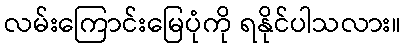
လမ်းကြောင်းမြေပုံကို ရနိုင်ပါသလား။